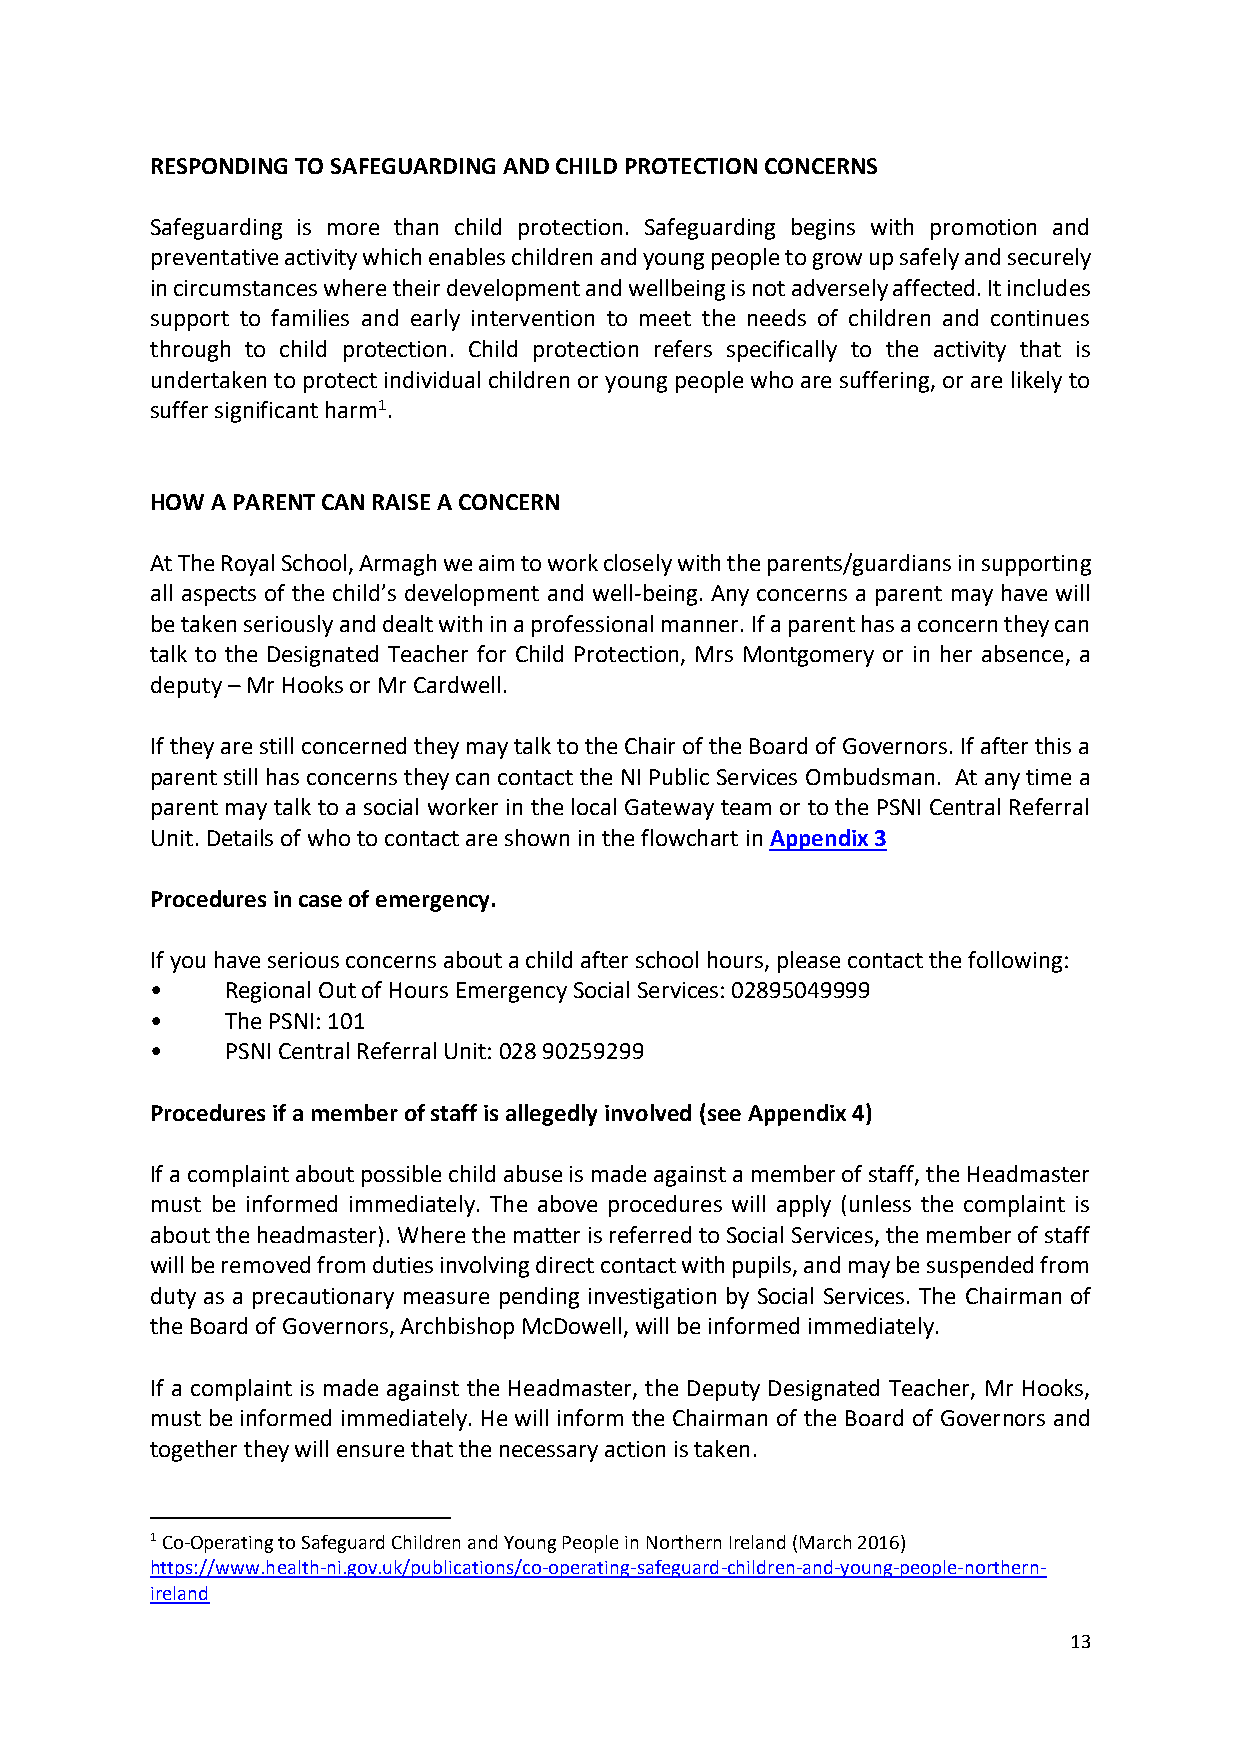
RESPONDING TO SAFEGUARDING AND CHILD PROTECTION CONCERNS
 Safeguarding is more than child protection. Safeguarding begins with promotion and
 preventative activity which enables children and young people to grow up safely and securely
 in circumstances where their development and wellbeing is not adversely affected. It includes
 support to families and early intervention to meet the needs of children and continues
 through to child protection. Child protection refers specifically to the activity that is
 undertaken to protect individual children or young people who are suffering, or are likely to
 suffer significant harm1.
 HOW A PARENT CAN RAISE A CONCERN
 At The Royal School, Armagh we aim to work closely with the parents/guardians in supporting
 all aspects of the child’s development and well-being. Any concerns a parent may have will
 be taken seriously and dealt with in a professional manner. If a parent has a concern they can
 talk to the Designated Teacher for Child Protection, Mrs Montgomery or in her absence, a
 deputy – Mr Hooks or Mr Cardwell.
 If they are still concerned they may talk to the Chair of the Board of Governors. If after this a
 parent still has concerns they can contact the NI Public Services Ombudsman. At any time a
 parent may talk to a social worker in the local Gateway team or to the PSNI Central Referral
 Unit. Details of who to contact are shown in the flowchart in Appendix 3
 Procedures in case of emergency.
 If you have serious concerns about a child after school hours, please contact the following:
 •    Regional Out of Hours Emergency Social Services: 02895049999
 •    The PSNI: 101
 •    PSNI Central Referral Unit: 028 90259299
 Procedures if a member of staff is allegedly involved (see Appendix 4)
 If a complaint about possible child abuse is made against a member of staff, the Headmaster
 must be informed immediately. The above procedures will apply (unless the complaint is
 about the headmaster). Where the matter is referred to Social Services, the member of staff
 will be removed from duties involving direct contact with pupils, and may be suspended from
 duty as a precautionary measure pending investigation by Social Services. The Chairman of
 the Board of Governors, Archbishop McDowell, will be informed immediately.
 If a complaint is made against the Headmaster, the Deputy Designated Teacher, Mr Hooks,
 must be informed immediately. He will inform the Chairman of the Board of Governors and
 together they will ensure that the necessary action is taken.
 1 Co-Operating to Safeguard Children and Young People in Northern Ireland (March 2016)
 https://www.health-ni.gov.uk/publications/co-operating-safeguard-children-and-young-people-northern-
 ireland
 13